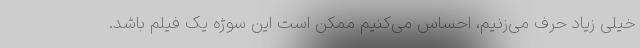
خیلی زیاد حرف می‌زنیم، احساس می‌کنیم ممکن است این سوژه یک فیلم باشد.